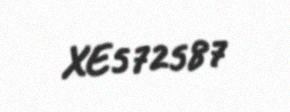
XE572587